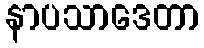
နာပသာဒေတာ